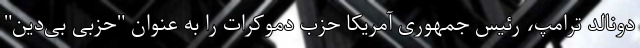
دونالد ترامپ، رئیس جمهوری آمریکا حزب دموکرات را به عنوان "حزبی بی‌دین"